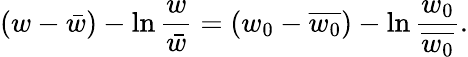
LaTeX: (w-\bar{w})-\ln\frac{w}{\bar{w}}=(w_{0}-\overline{{w_{0}}})-\ln\frac{w_{0}}{\overline{{w_{0}}}}.